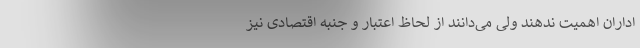
اداران اهمیت ندهند ولی می‌دانند از لحاظ اعتبار و جنبه اقتصادی نیز